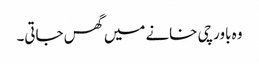
وہ باورچی خانے میں گھس جاتی۔